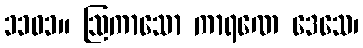
၁၁၀၁။ ဩကာသော ကာရဏေ ဒေသေ၊